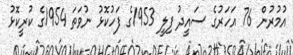
އުމުރުން 76 އަހަރުގެ ސައީދު ފިލީ 1953ގެ ފަހުކޮޅު ނުވަތަ 1954ގެ ކުރީކޮޅު